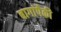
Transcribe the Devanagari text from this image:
बागांपैकी